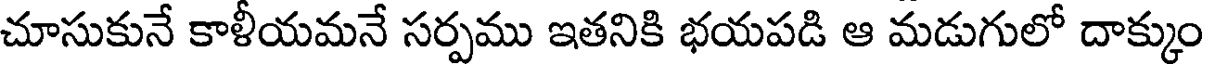
చూసుకునే కాళీయమనే సర్పము ఇతనికి భయపడి ఆ మడుగులో దాక్కుం